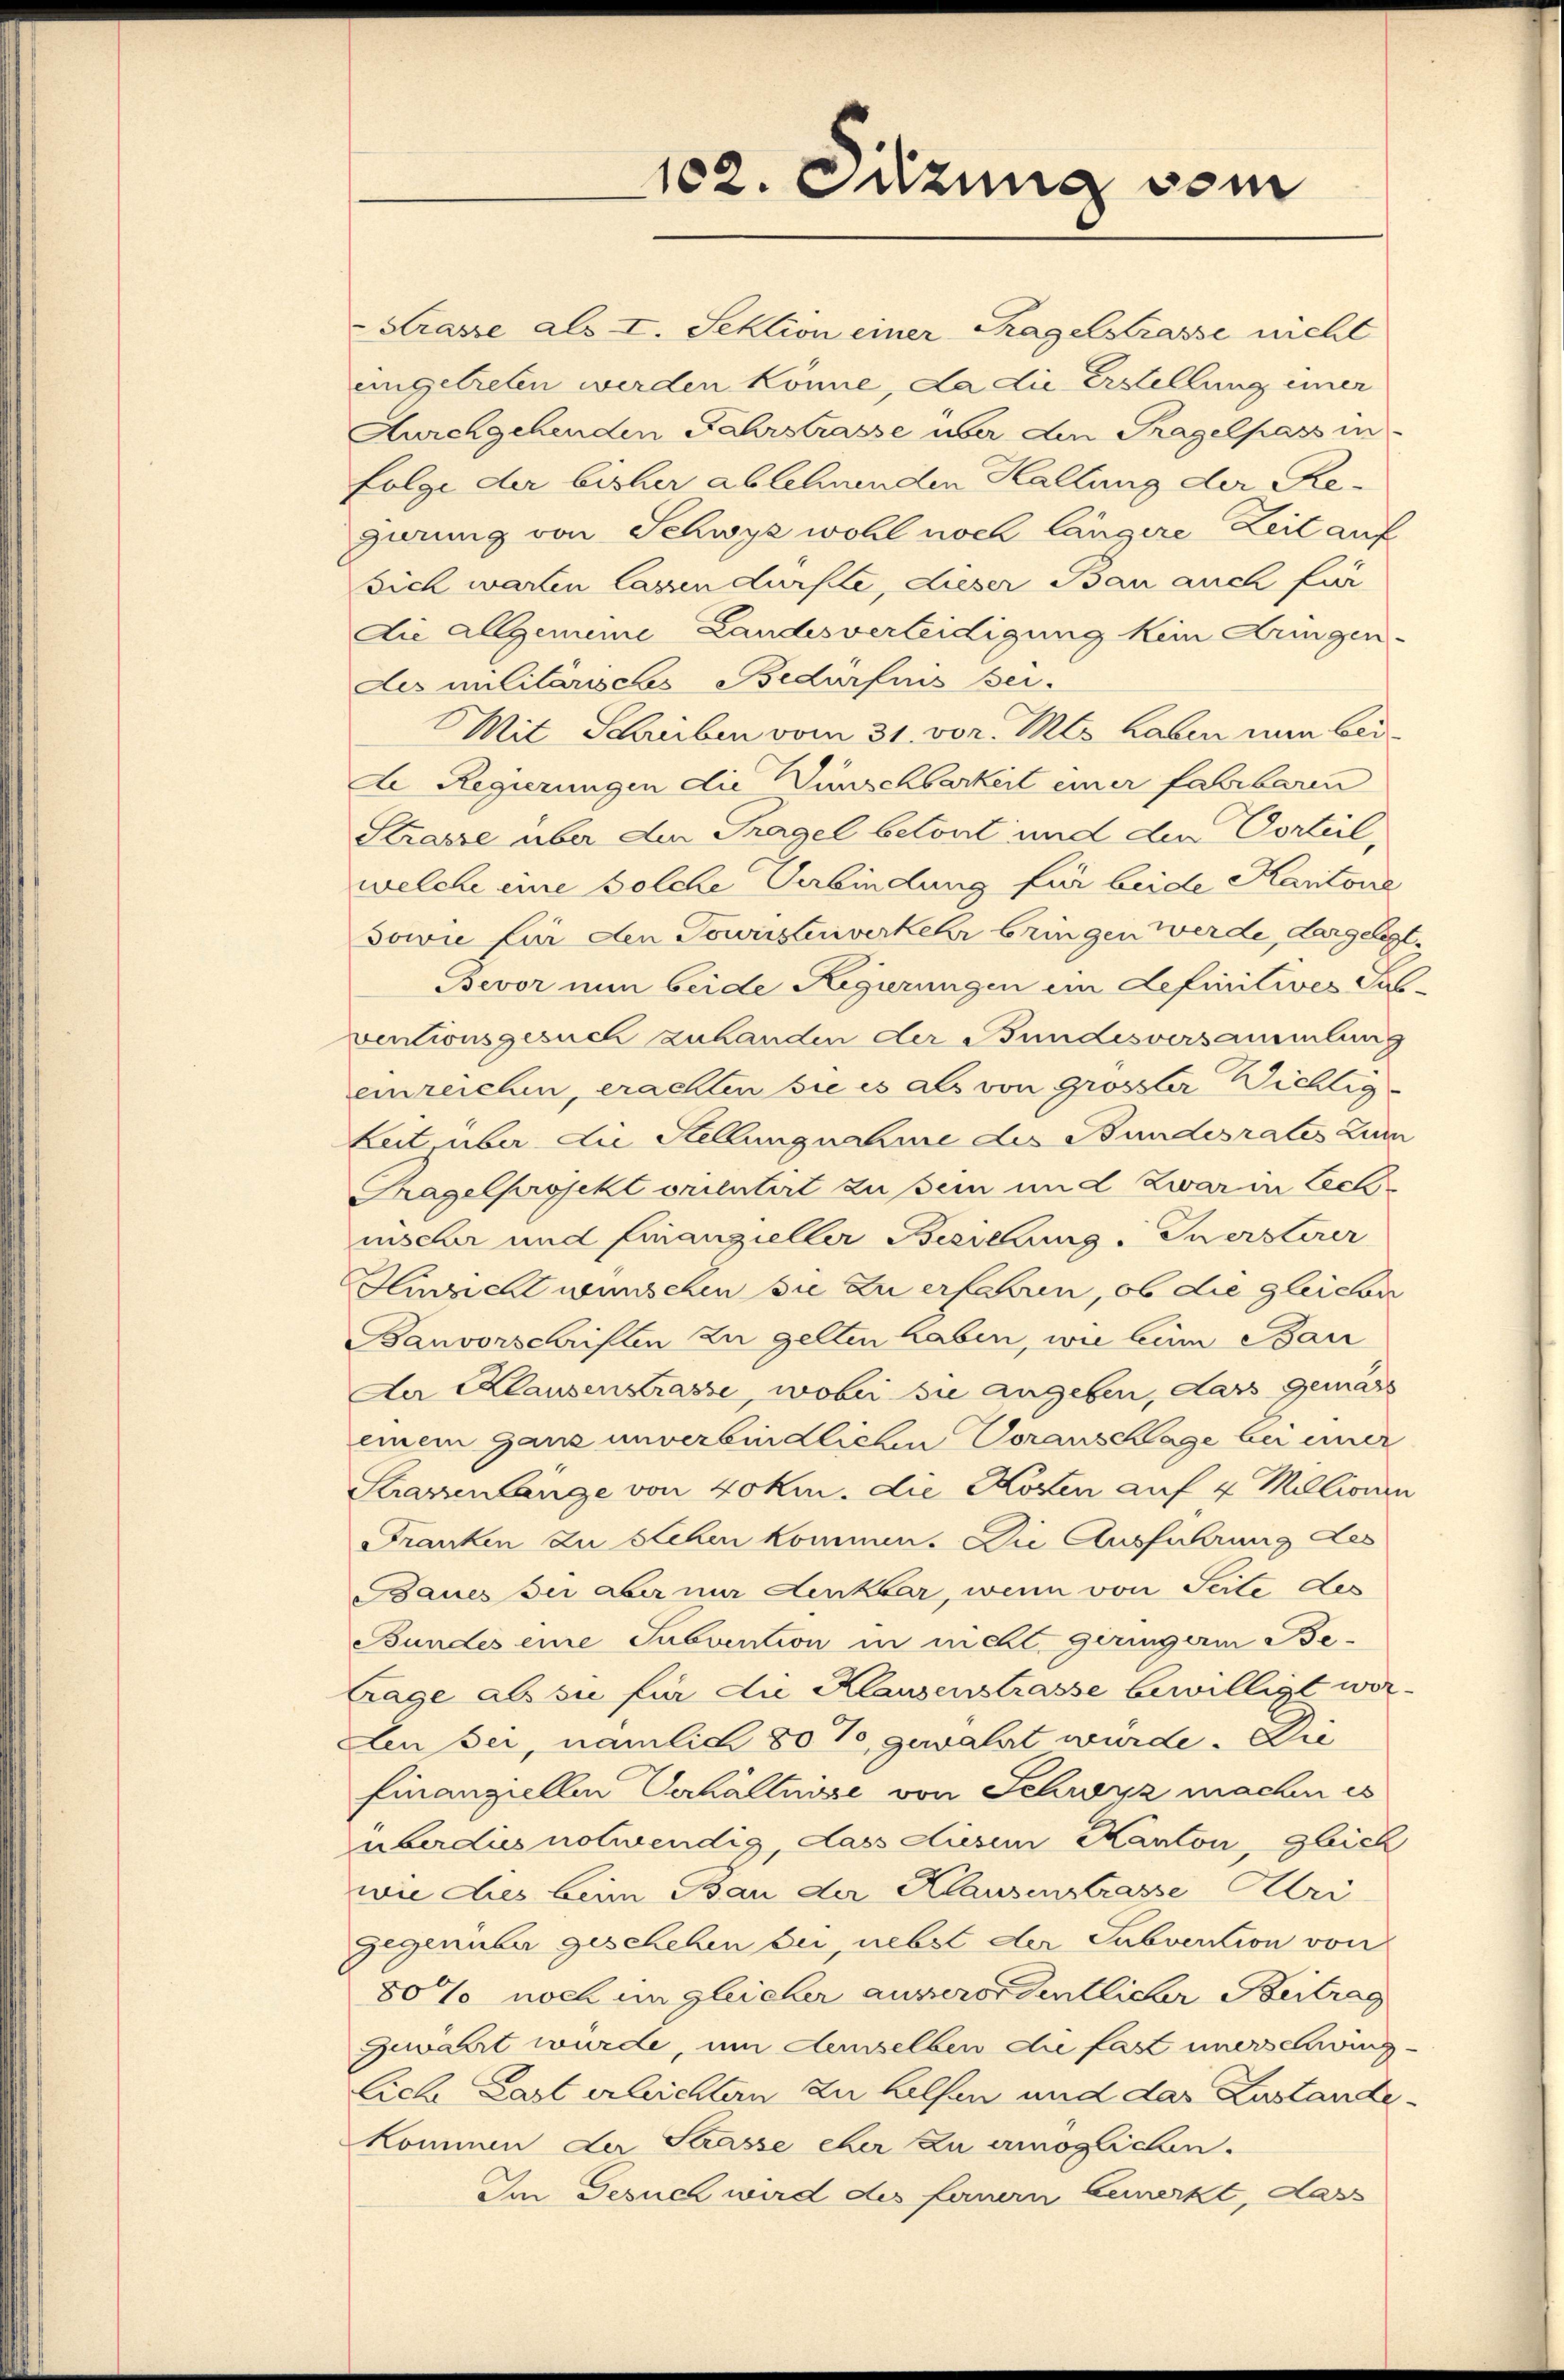
102. Sitzung vom

Strasse als I. Sektion einer Tagelstrasse nicht
eingetreten werden könne, da die Erstellung einer
Aurchgehenden Fahrstrasse uber den Tragelpass in
folge der bisher ablehnenden Haltung der Regirung von Schwyz wohl noch längere Zeit auf
sich warten lassen dürfte, dieser Bau auch für
Die Allgemeine Landesverleidigung kein Dringen-
dis militärisches Bedürfnis sei.
Mit Schreiben vom 31. vor. Mts. haben nun beide Regierungen die Wünschbarkeit einer fahrbaren
Strasse über den Tragel betont und den Vorteil,
welche eine solche Verbindung für beide Kantone
Sowie für den Touristenverkehr bringen werde, dargelegt.
Bevor nun beide Regierungen ein definitives Casventionsgesuch zuhanden der Bundesversammlung
einreichen, erachten sie es als von grösster Wichtig
Leit, über die Stellungnahme des Bundesrates Zum
Tragelprojekt orientirt zu sei und Zwaren Lechmischer und finanzieller Besichung. Zuersterer
Hirzicht wünschen sie zu erfahren, ob die gleicher
Banvorschriften zu gelten haben, wie beim Bau
Der Klausenstrasse, wobei sie angeben, dass gemäss
einem ganz unverbindlichen Voraussage bei einer
Strasenlange von 40 km. die Kosten auf 4 Millionen
Franken zu stehen kommen. Die Ausführung des
Baues Sei aber nur Lenkbar, wenn von Seite des
Bundes eine Subvention in nicht geringerin Be¬
Lage als sie für die Klausenstrasse bewilligt wor¬
Len sei, nämlich 80%, gewährt würde. Die
finanziellen Verhältnisse von Schwyz machen es
überdies notwendig, dass diesem Kanton, Gleich
wie dies beim Bau der Klausenstrasse Uri
gegenüber geschehen bei, nebst der Subvention von
80% noch im gleicher ausserordentlicher Beitrag
gewahrt wurde, um demselben die fast unerschwing-
Eiche Last erleichten zu helfen und das Zustandekommen der Strasse eher zu ermöglichen.
Im Gesuch wird des fernern bemerkt, dass